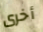
أخرى